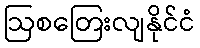
ဩစတြေးလျနိုင်ငံ